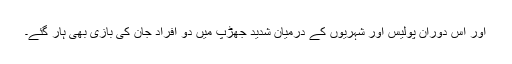
اور اس دوران پولیس اور شہریوں کے درمیان شدید جھڑپ میں دو افراد جان کی بازی بھی ہار گئے۔